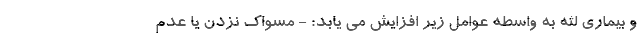
و بیماری لثه به واسطه عوامل زیر افزایش می یابد: - مسواک نزدن یا عدم